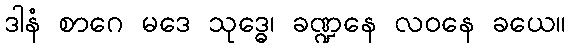
ဒါနံ စာဂေ မဒေ သုဒ္ဓေ၊ ခဏ္ဍနေ လဝနေ ခယေ။